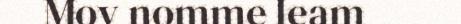
Mov nomme leam